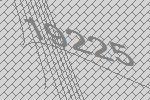
19225